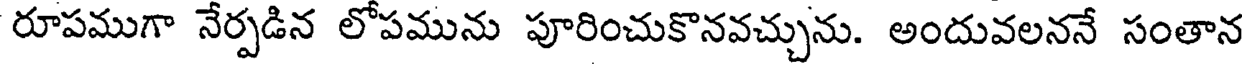
రూపముగా నేర్పడిన లోపమును పూరించుకొనవచ్చును. అందువలననే సంతాన